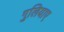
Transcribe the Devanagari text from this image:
गुलियाए